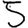
Digit: 5